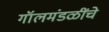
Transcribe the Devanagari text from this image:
गॉलमंडळींचे